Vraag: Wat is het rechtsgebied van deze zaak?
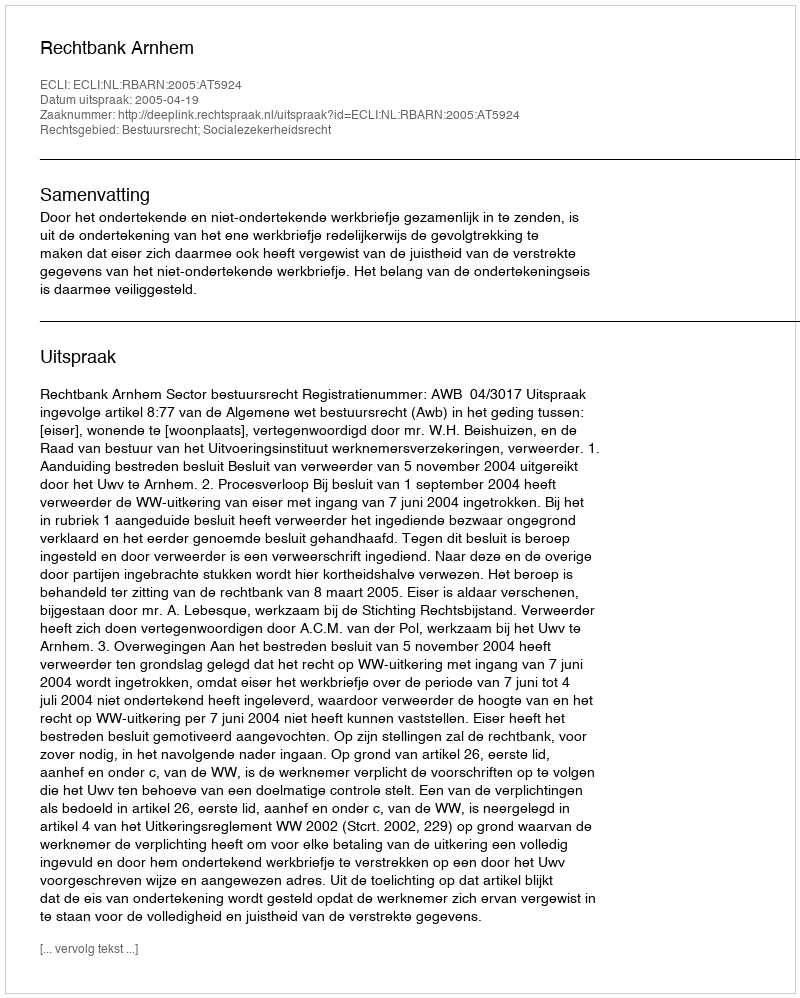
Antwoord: Bestuursrecht; Socialezekerheidsrecht